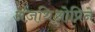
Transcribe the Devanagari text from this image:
अज़थिओप्रिने